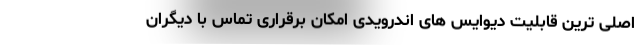
اصلی ترین قابلیت دیوایس های اندرویدی امکان برقراری تماس با دیگران